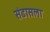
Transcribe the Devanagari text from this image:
संडासला